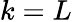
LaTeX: k=L